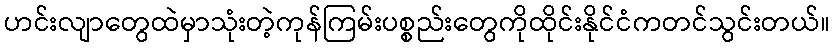
ဟင်းလျာတွေထဲမှာသုံးတဲ့ကုန်ကြမ်းပစ္စည်းတွေကိုထိုင်းနိုင်ငံကတင်သွင်းတယ်။